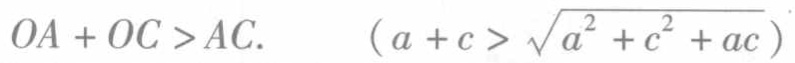
\[

OA + OC > AC.\quad (a + c > \sqrt{a^{2} + c^{2}+ac})

\]